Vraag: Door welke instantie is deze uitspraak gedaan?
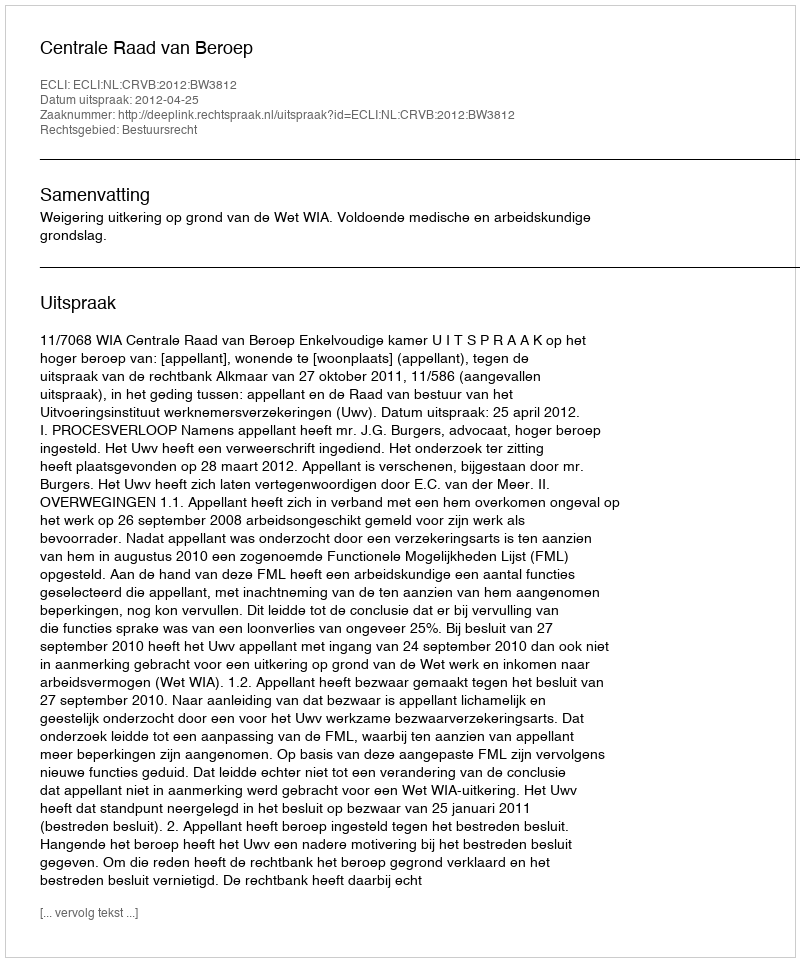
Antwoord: Centrale Raad van Beroep